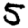
Digit: 5